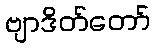
ဗျာဒိတ်တော်